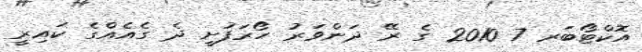
އޮކްޓޯބަރ 7 2010 ގެ ރޭ ދަންވަރު ހޯރަފުށީ ދެ ގެއެއްގެ ކައިރީ